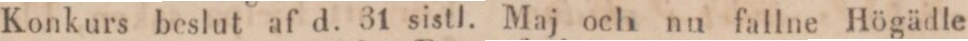
Konkurs beslut af d. 31 sistl. Maj och nu fallne Högädle